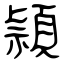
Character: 頴